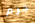
جرم